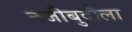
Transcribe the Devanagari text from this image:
नजीबुदौला